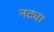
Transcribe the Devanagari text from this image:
नट्या